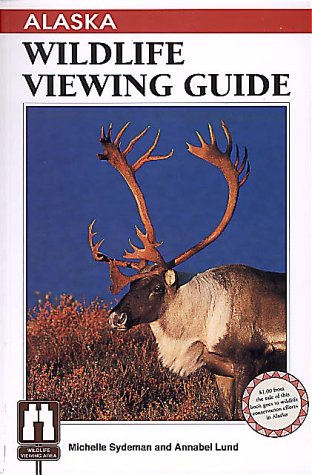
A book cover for Alaska Wildlife Viewing Guide (Wildlife Viewing Guides Series); Michelle Sydeman; Travel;